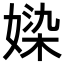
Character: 媣